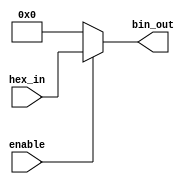
module hex_to_bin_encoder (
    input wire [3:0] hex_in,   // 4-bit hexadecimal input
    input wire enable,         // Enable signal
    output reg [3:0] bin_out   // 4-bit binary output
);

// Combinational logic to convert hex to binary
always @(*) begin
    if (!enable) begin
        bin_out = 4'b0000; // Output defined state when not enabled
    end else begin
        bin_out = hex_in;  // Direct mapping from hex to binary
    end
end

endmodule